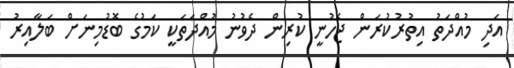
އަދި މުއްދަތު އިތުރުކުރަން ޖެހުނީ ކުރިން ދެވުނު މުއްދަތަކީ ކަމުގެ ބޮޑުމިނަށް ބަލާއިރު